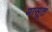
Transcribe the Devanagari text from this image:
मासूत